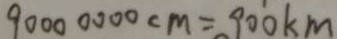
9 0 0 0 0 0 0 0 c m = 9 0 0 k m